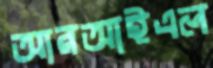
আরআইএল